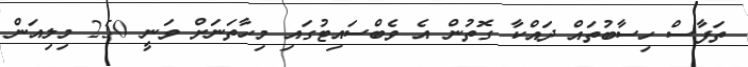
ތަފާސް ހިސާބުތައް ދައްކާ ގޮތުން އެ ވެބްސައިޓުގައި މިހާތަނަށް ވަނީ 250 މިލިއަން